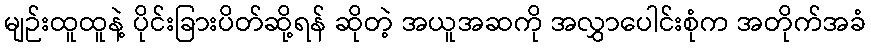
မျဉ်းထူထူနဲ့ ပိုင်းခြားပိတ်ဆို့ရန် ဆိုတဲ့ အယူအဆကို အလွှာပေါင်းစုံက အတိုက်အခံ